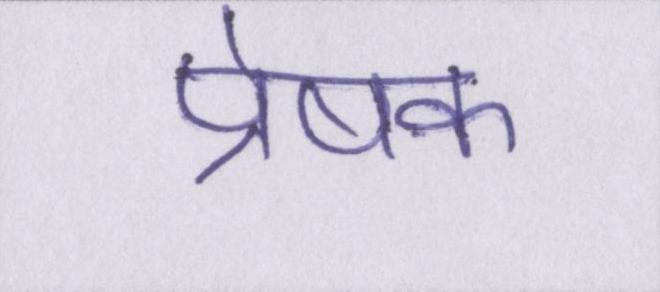
प्रेषक